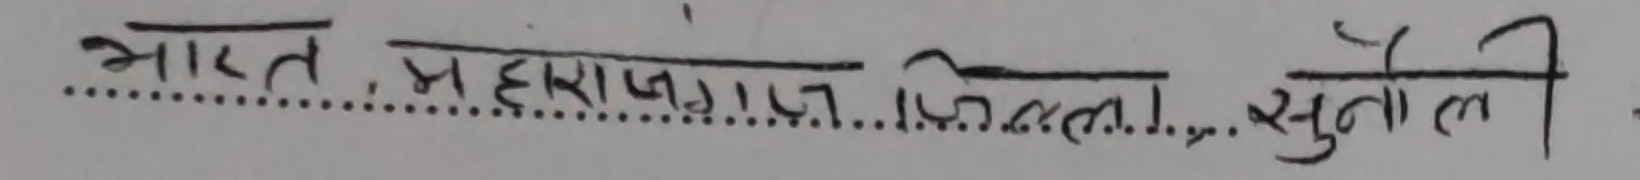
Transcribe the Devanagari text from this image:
भारत, महाराजगंज, जिल्ला, सुनौली ।